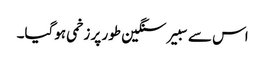
اس سے سبیر سنگین طور پر زخمی ہوگیا۔